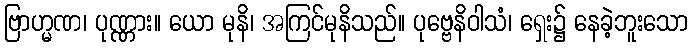
ဗြာဟ္မဏ၊ ပုဏ္ဏား။ ယော မုနိ၊ အကြင်မုနိသည်။ ပုဗ္ဗေနိဝါသံ၊ ရှေး၌ နေခဲ့ဘူးသော